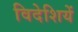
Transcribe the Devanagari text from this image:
विदेशियें